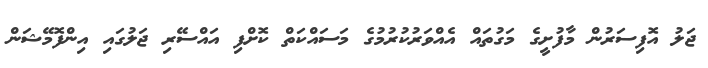
ޖަލު އޮފިސަރުން މާފުށީގެ މަގުތައް އެއްވަރުކުރުމުގެ މަސައްކަތް ކޮށްފި އައްސޭރި ޖަލުގައި އިންފޮމޭޝަން